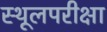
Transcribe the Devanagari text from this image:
स्थूलपरीक्षा